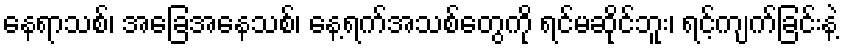
နေရာသစ်၊ အခြေအနေသစ်၊ နေ့ရက်အသစ်တွေကို ရင်မဆိုင်ဘူး၊ ရင့်ကျက်ခြင်းနဲ့